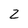
Character: 2